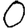
Digit: 0